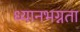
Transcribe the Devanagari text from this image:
ध्यानभग्नता